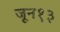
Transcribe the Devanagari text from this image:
जून१३